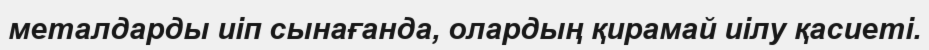
металдарды иіп сынағанда, олардың қирамай иілу қасиеті.